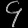
Digit: ၄